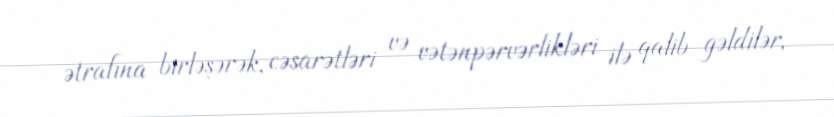
ətrafına birləşərək, cəsarətləri və vətənpərvərlikləri ilə qalib gəldilər,